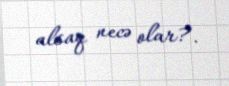
alsaq necə olar?.